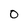
Character: 0